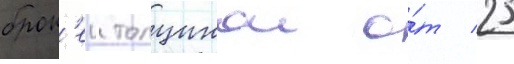
брон'еи толщинои о́т 25